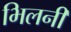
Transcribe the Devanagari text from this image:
भिलनी